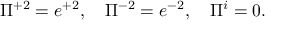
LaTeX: \Pi ^ { + 2 } = e ^ { + 2 } , \quad \Pi ^ { - 2 } = e ^ { - 2 } , \quad \Pi ^ { i } = 0 .